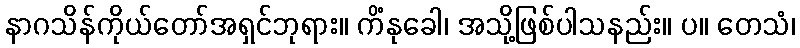
နာဂသိန်ကိုယ်တော်အရှင်ဘုရား။ ကိံနုခေါ၊ အသို့ဖြစ်ပါသနည်း။ ပ။ တေသံ၊